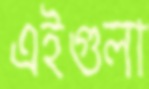
এইগুলা